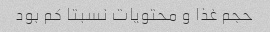
حجم غذا و محتویات نسبتا کم بود